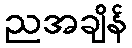
ညအချိန်